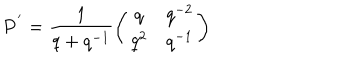
{ \bf P } ^ { ' } = \frac { 1 } { q + q ^ { - 1 } } \left( \begin{array} { c c } { { q } } & { { q ^ { - 2 } } } \\ { { q ^ { 2 } } } & { { q ^ { - 1 } } } \\ \end{array} \right)